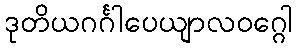
ဒုတိယဂင်္ဂါပေယျာလဝဂ္ဂေါ